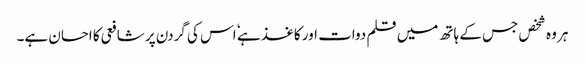
ہر وہ شخص جس کے ہاتھ میں قلم دوات اور کاغذ ہے ٗ اس کی گردن پر شافعی کا احسان ہے۔